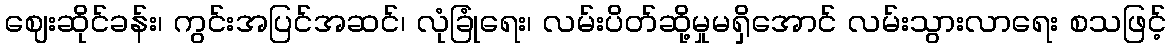
ဈေးဆိုင်ခန်း၊ ကွင်းအပြင်အဆင်၊ လုံခြုံရေး၊ လမ်းပိတ်ဆို့မှုမရှိအောင် လမ်းသွားလာရေး စသဖြင့်